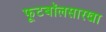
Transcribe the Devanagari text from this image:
फूटबॉलसारखा